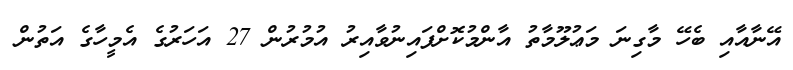
އޭނާއާއި ބެހޭ މާގިނަ މަޢުލޫމާތު އާންމުކޮށްފައިނުވާއިރު އުމުރުން 27 އަހަރުގެ އެމީހާގެ އަތުން